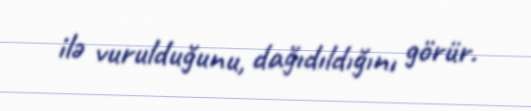
ilə vurulduğunu, dağıdıldığını görür.